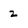
Character: 2